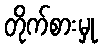
တိုက်စားမှု